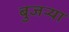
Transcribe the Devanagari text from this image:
बुजऱ्या